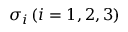
\sigma _ { i } \, ( i = 1 , 2 , 3 )